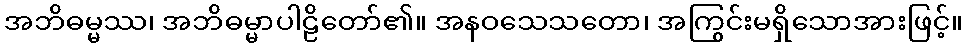
အဘိဓမ္မဿ၊ အဘိဓမ္မာပါဠိတော်၏။ အနဝသေသတော၊ အကြွင်းမရှိသောအားဖြင့်။